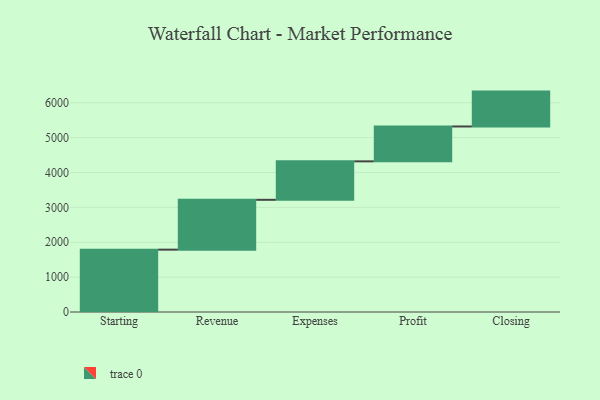
{"axis": {"x": "Step", "y": "Value"}, "legend": [""], "data": [{"x": "Starting", "y": 1788.0, "type": ""}, {"x": "Revenue", "y": 1429.0, "type": ""}, {"x": "Expenses", "y": 1103.0, "type": ""}, {"x": "Profit", "y": 1000, "type": ""}, {"x": "Closing", "y": 1000, "type": ""}]}